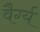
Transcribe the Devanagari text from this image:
वैर्ग्य